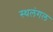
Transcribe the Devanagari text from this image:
स्थलंगल